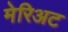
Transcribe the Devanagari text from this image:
मेरिअट